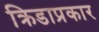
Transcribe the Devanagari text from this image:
क्रिडाप्रकार